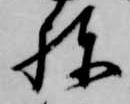
棟